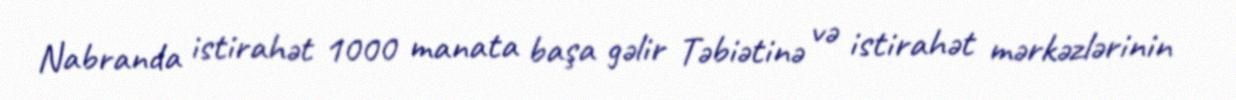
Nabranda istirahət 1000 manata başa gəlir Təbiətinə və istirahət mərkəzlərinin